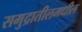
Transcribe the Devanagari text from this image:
समुद्रातीलमधील